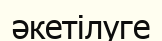
әкетілуге